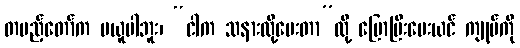
တပည့်တော်က မယူပါဘူး၊ “ငါက သနားလို့ပေးတာ”လို့ ပြောပြီးပေးယင် ကျုပ်ကို